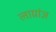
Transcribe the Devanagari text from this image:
लाग्रांज़